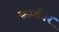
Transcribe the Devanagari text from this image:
फार्मवर